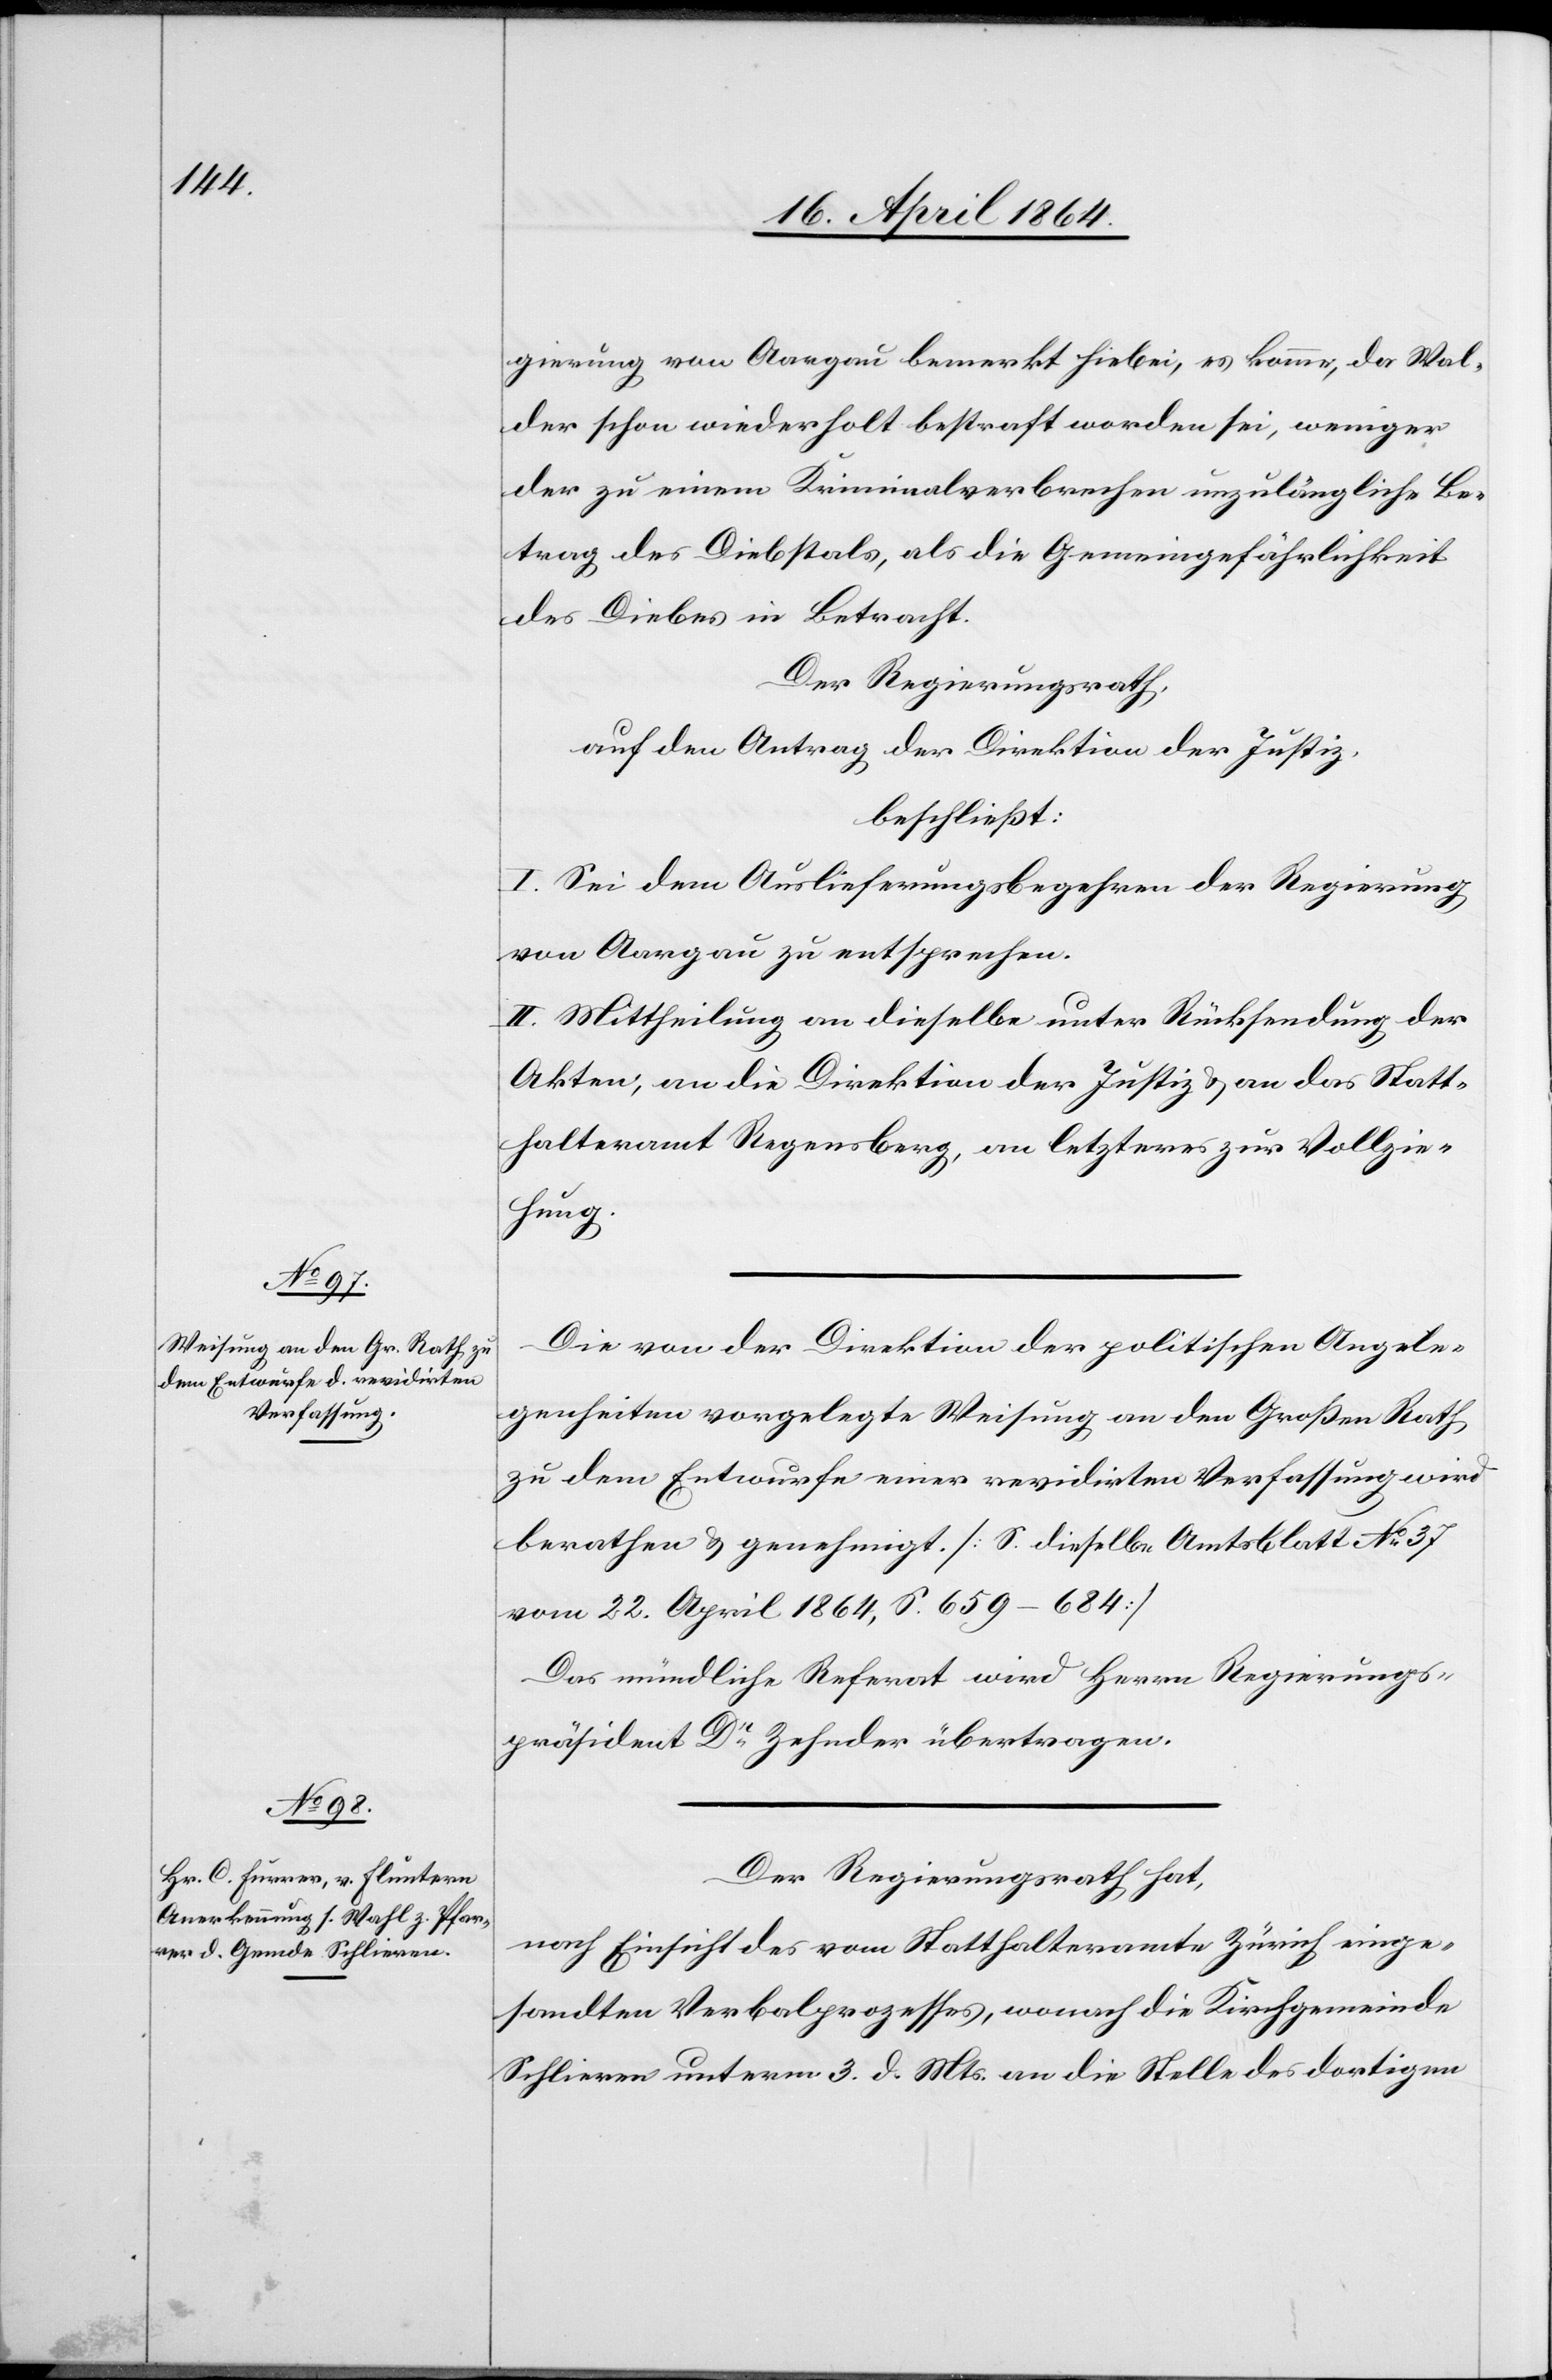
gierung von Aargau bemerkt hiebei, es komme, da Wal¬
der schon wiederholt bestraft worden sei, weniger
der zu einem Kriminalverbrechen unzulängliche Be¬
trag des Diebstals, als die Gemeingefährlichkeit
des Diebes in Betracht.
Der Regierungsrath,
auf den Antrag der Direktion der Justiz,
beschließt:
I. Sei dem Auslieferungsbegehren der Regierung
von Aargau zu entsprechen.
II. Mittheilung an dieselbe unter Rücksendung der
Akten, an die Direktion der Justiz u. an das Statt¬
halteramt Regensberg, an letzteres zur Vollzie¬
hung.
Die von der Direktion der politischen Angele¬
genheiten vorgelegte Weisung an den Großen Rath
zu dem Entwurfe einer revidirten Verfassung wird
berathen u. genehmigt. [S. dieselbe Amtsblatt No 37
vom 22. April 1864, S. 659–684]
Das mündliche Referat wird Herrn Regierungs¬
präsident Dr Zehnder übertragen.
Der Regierungsrath hat,
nach Einsicht des vom Statthalteramte Zürich einge¬
sandten Verbalprozesses, wonach die Kirchgemeinde
Schlieren unterm 3. d. Mts. an die Stelle des dortigen